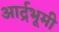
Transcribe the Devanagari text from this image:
आर्द्रभूमी